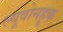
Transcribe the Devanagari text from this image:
ल्यूवोनहूक